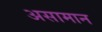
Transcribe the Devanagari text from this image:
असामान